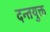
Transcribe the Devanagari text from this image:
दन्तयुक्त